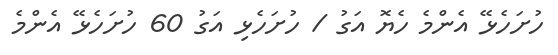
ހުށަހެޅޭ އެންމެ ހެޔޮ އަގު / ހުށަހެޅި އަގު 60 ހުށަހެޅޭ އެންމެ